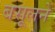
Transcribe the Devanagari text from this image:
बसूलने